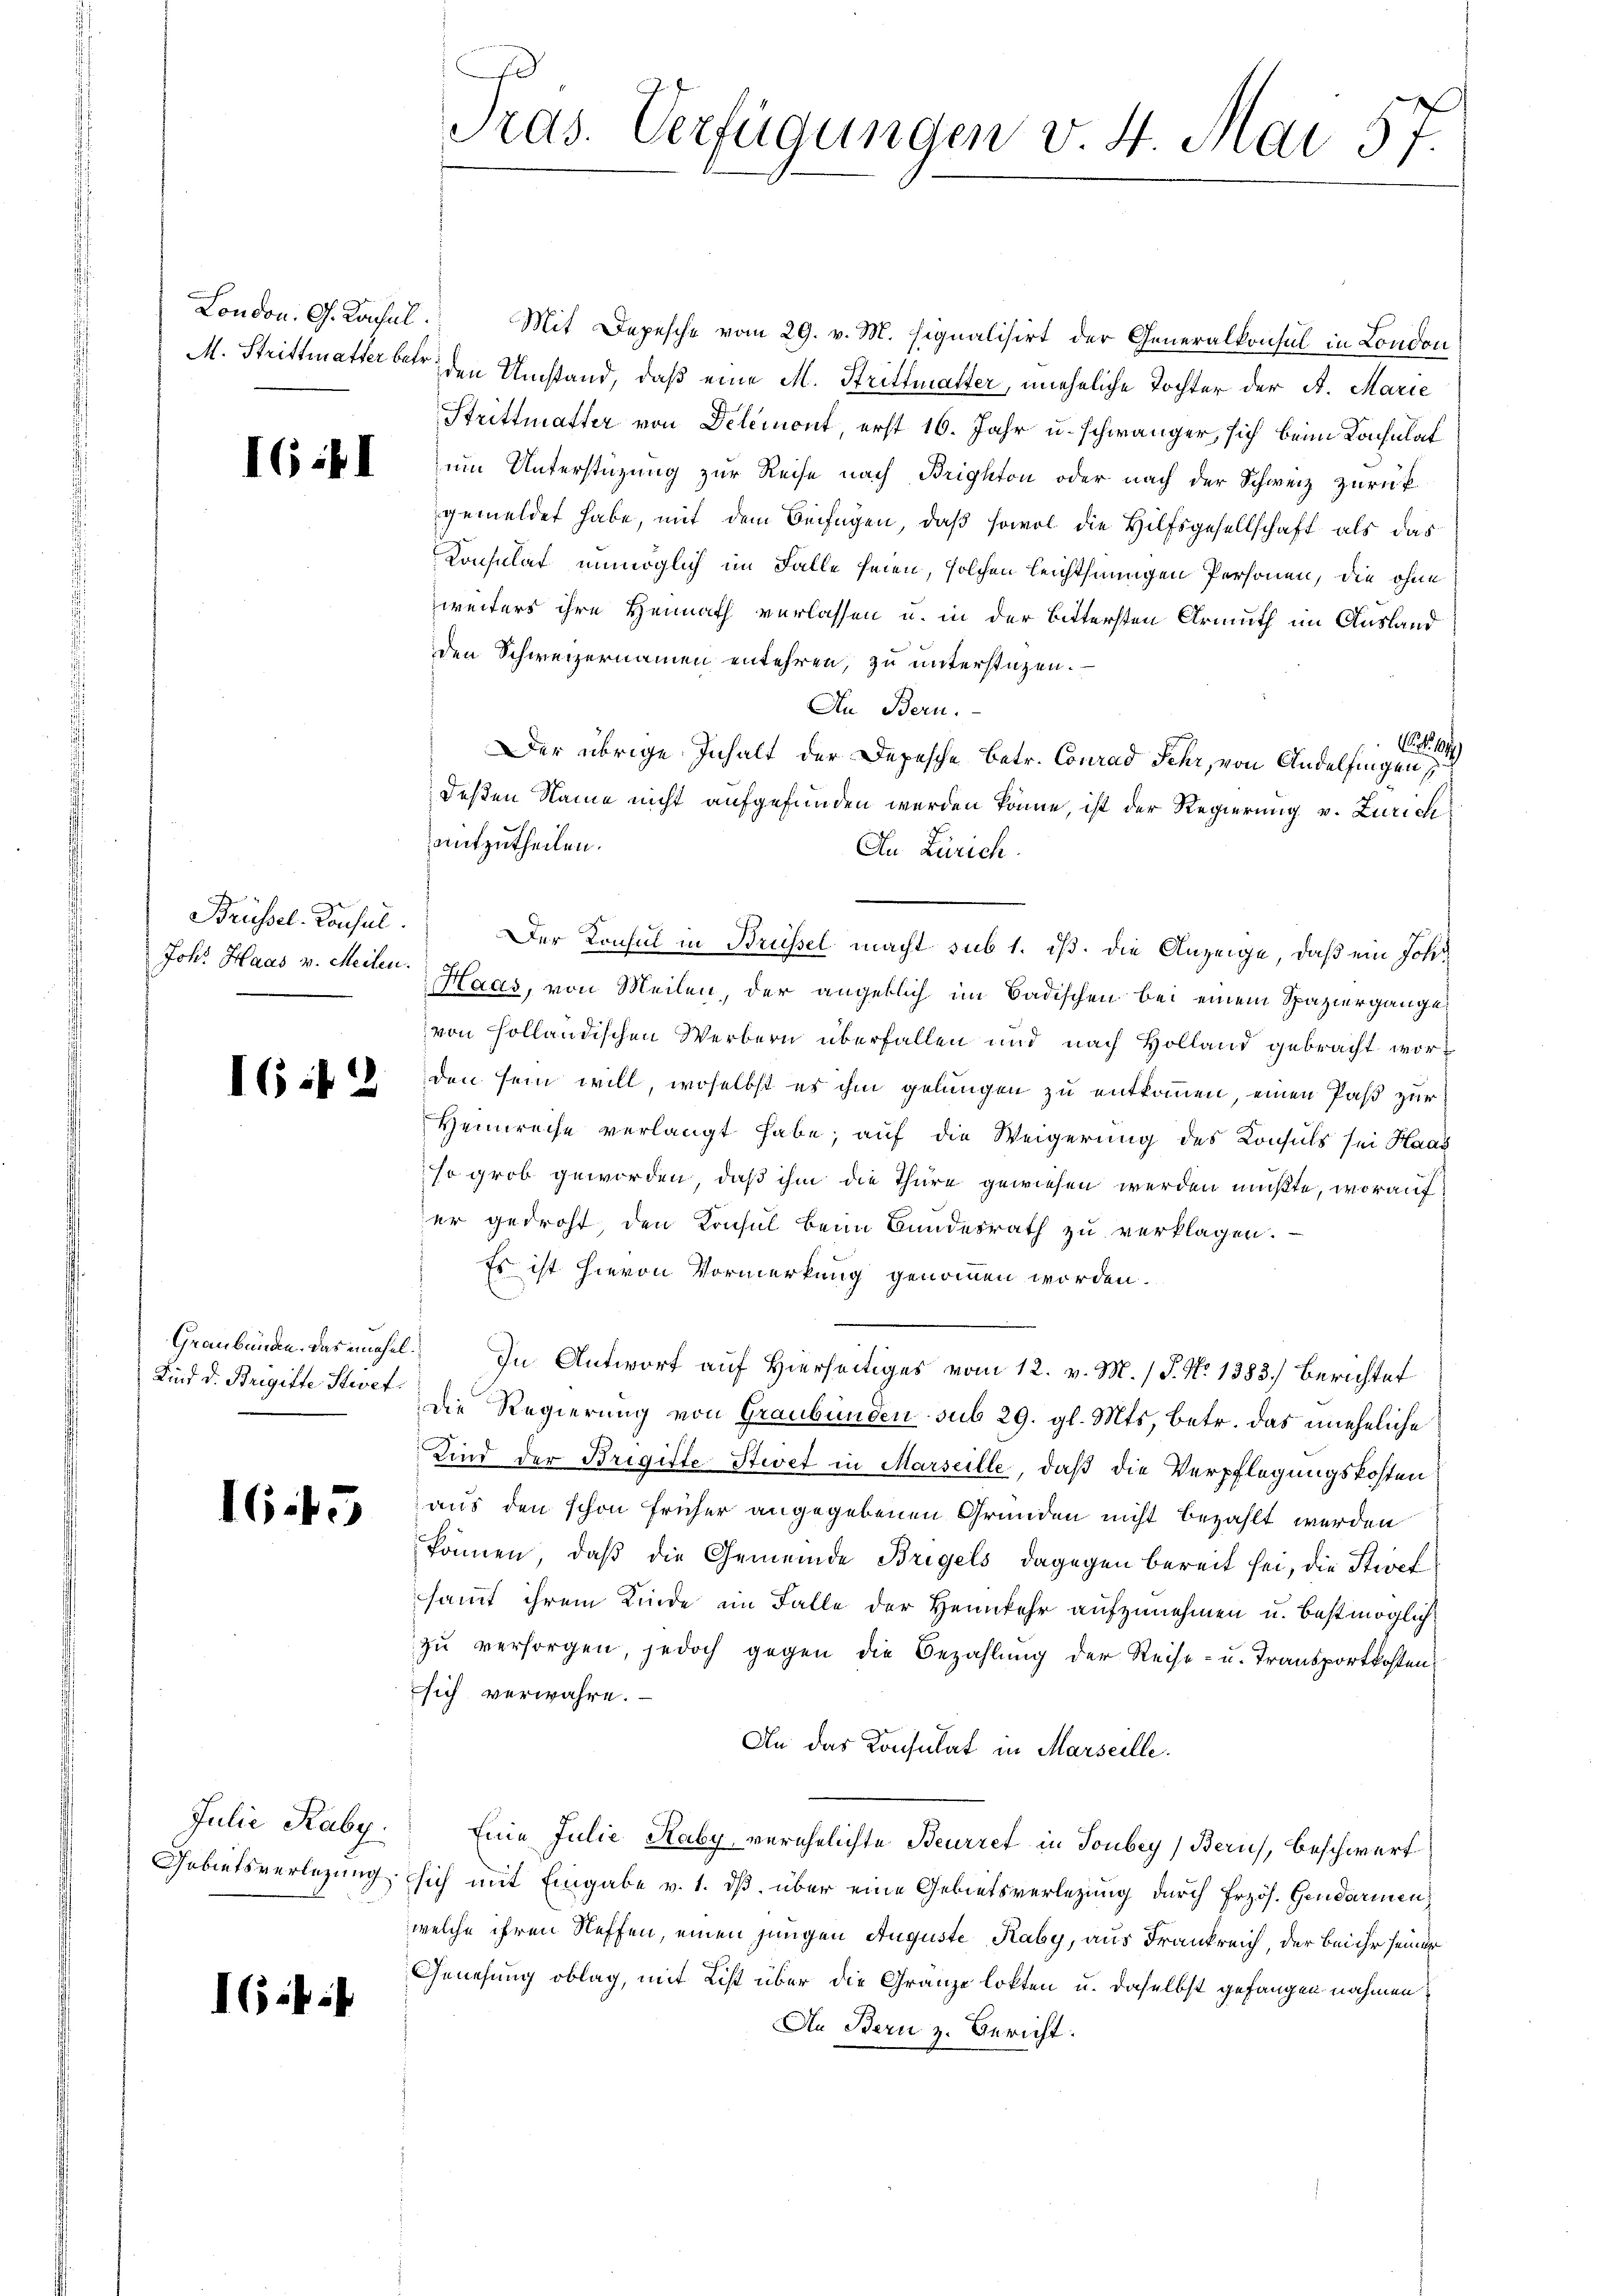
IG II

Brüssel-Konsul
Joh. Haas v. Meilen.

16 f 2

Kind d. Brigitte Stief¬

1643

Julie Raby.
Gebietsverlegung.

1644

Tras. Verfügungen v. 4. Mai 57.

London. G. Konsul Mit Depesche vom 29. v. M. siqualisirt der Generalkonsul in London
M. Strittmatter betr. den Umstand, daß eine M. Strittmalter, uneheliche Tochter der A. Marie
Strittmatter von Delemont, erst 16. Jahr u. schwänger, sich beim Kochulat
um Unterstüzung zur Reise nach Brighton oder nach der Schweiz zurück
gemeldet habe, mit dem Beifügen, daß sowol die Hilfsgesellschaft als das
Konsulat unmöglich im Falle seien, solchen leichtsinnigen Personen, die ohne
weiters ihre Heimath verlassen u. in der bittersten Armuth im Ausland
den Schweizernamen entehren, zu unterstüzen.
An Bern.

Der übrige Inhalt der Depesche Betr. Conrad Fehr, von Andelfingen
deßen Name nicht aufgefunden werden könne, ist der Regierung v. Zürich
mitzutheilen.
An Zürich.
Der Konsul in Brüssel macht sub 1. iß. Die Anzeige, daß ein Joh¬
Haas, von Meilen, der angeblich im Badischen bei einem Spaziergange
von Holländischen Werbern überfallen und nach Holland gebracht worden sein will, woselbst es ihm gelungen zu entkommen, einen Paß zur
Heinreise verlangt habe; auf die Weigerung des Konsuls sei Haas
so grob geworden, daß ihm die Thüre gewiesen werden mußte, worauf
er gedroht, den Konsul beim Bundesrath zu verklagen.
Es ist hievon Vormerkung genommen worden.
Graubünden, das ehel. In Antwort auf Hierseitiges vom 12. v. M. / P. No 1383.) Berichtet
Die Regierung von Graubünden sub 29. gl. Mts., betr. das uneheliche
Sind der Brigitte Stevet in Marseille, daß die Verpflegungskosten
aus den schon früher angegebenen Gründen nicht bezahlt werden
können, daß die Gemeinde Bregels dagegen bereit sei, die Stief
sammt ihrem Kinde im Falle der Heimkehr aufzunehmen u. bestmöglich
zu versorgen, jedoch gegen die Bezahlung der Reise- u. Transportkosten
sich verwahre. —
An das Konsulat in Marseille.
Eine Julie Raby, verehelichte Beurret in Tonbey Beruf, beschwert
sich mit Eingabe v. 1. dß über eine Gebietsverlegung durch Erzös. Gendarmen,
welche ihren Steffen, einen jungen Auguste Raby, aus Frankreich, der bei ihr seiner
Genesung oblag, mit List über die Gränze lokten u. daselbst gefangen nahmen?
An Bern z. Bericht.